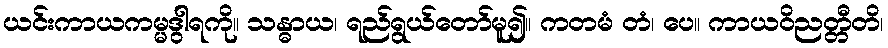
ယင်းကာယကမ္မဒွါရကို။ သန္ဓာယ၊ ရည်ရွယ်တော်မူ၍။ ကတမံ တံ၊ ပေ။ ကာယဝိညတ္တီတိ၊